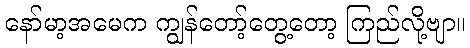
နော်မာ့အမေက ကျွန်တော့်တွေ့တော့ ကြည်လို့ဗျာ။